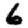
Digit: 6